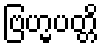
ဗြဟ္မပတ္တိ